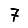
Digit: 7